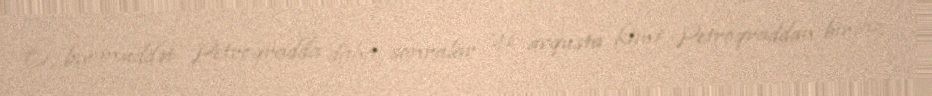
O, bir müddət Petroqradda daha sonralar 21 avqusta kimi Petroqraddan bir az